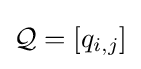
{\mathcal {Q}}=[q_{i,j}]